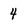
Character: 4